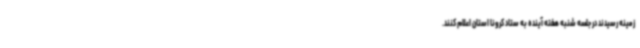
زمینه رسیدند در جلسه شنبه هفته آینده به ستاد کرونا استان اعلام کنند.